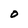
Character: O